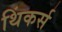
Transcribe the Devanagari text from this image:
थिंकर्स